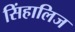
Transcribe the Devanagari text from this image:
सिंहालिज